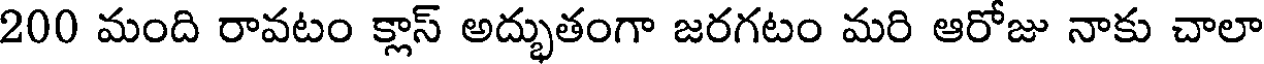
200 మంది రావటం క్లాస్ అద్భుతంగా జరగటం మరి ఆరోజు నాకు చాలా